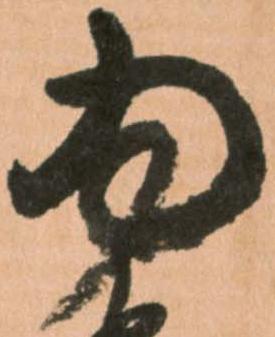
為